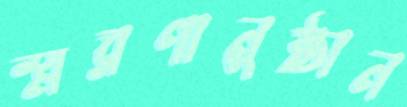
স্মরণানুষ্ঠান